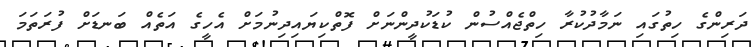
ދަރިންގެ ހިތުގައި ނަމާދުކުރާ ހިތްޖެއްސުން ކުޑަކުދީންނަށް ފޮތްކިޔައިދިނުމަށް އެހީގެ އަތެއް ބަނޑަށް ފުރަތަމަ